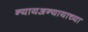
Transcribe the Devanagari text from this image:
न्यायअन्यायाच्या